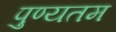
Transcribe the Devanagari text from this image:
पुण्यतम